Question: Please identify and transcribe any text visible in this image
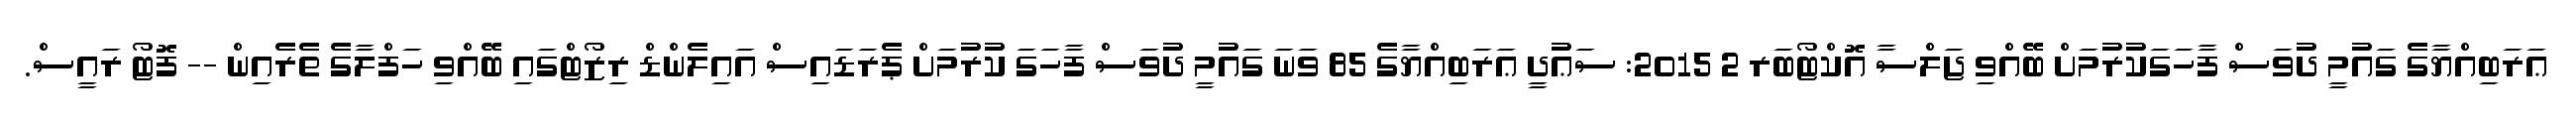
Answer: ޢަރަބިއްޔާގެ ގައުމީ ދުވަސް ފާހަގަކުރުމަށް ބޭއްވި ޖަލްސާ އޮކްޓޯބަރ 2 2015: ސަޢުދީ ޢަރަބިއްޔާގެ 85 ވަނަ ގައުމީ ދުވަސް ފާހަގަ ކުރުމަށް ޕެރަޑައިސް އައިލެންޑް ރިޒޯޓްގައި ބޭއްވި ހަފްލާގެ ތެރެއިން -- ފޮޓޯ ރައީސް.